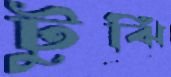
টুঝি